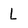
Character: L